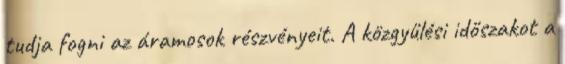
tudja fogni az áramosok részvényeit. A közgyűlési időszakot a